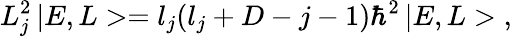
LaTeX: L_{j}^{2}\, |E,L>=l_{j}(l_{j}+D-j-1)\hbar^{2}\, |E,L>\; ,